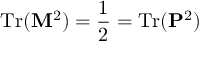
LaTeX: \mathrm { T r } ( { \bf M } ^ { 2 } ) = { \frac { 1 } { 2 } } = \mathrm { T r } ( { \bf P } ^ { 2 } ) \,